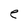
Character: e